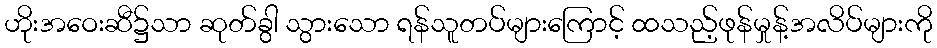
ဟိုးအဝေးဆီ၌သာ ဆုတ်ခွါ သွားသော ရန်သူတပ်များကြောင့် ထသည့်ဖုန်မှုန့်အလိပ်များကို